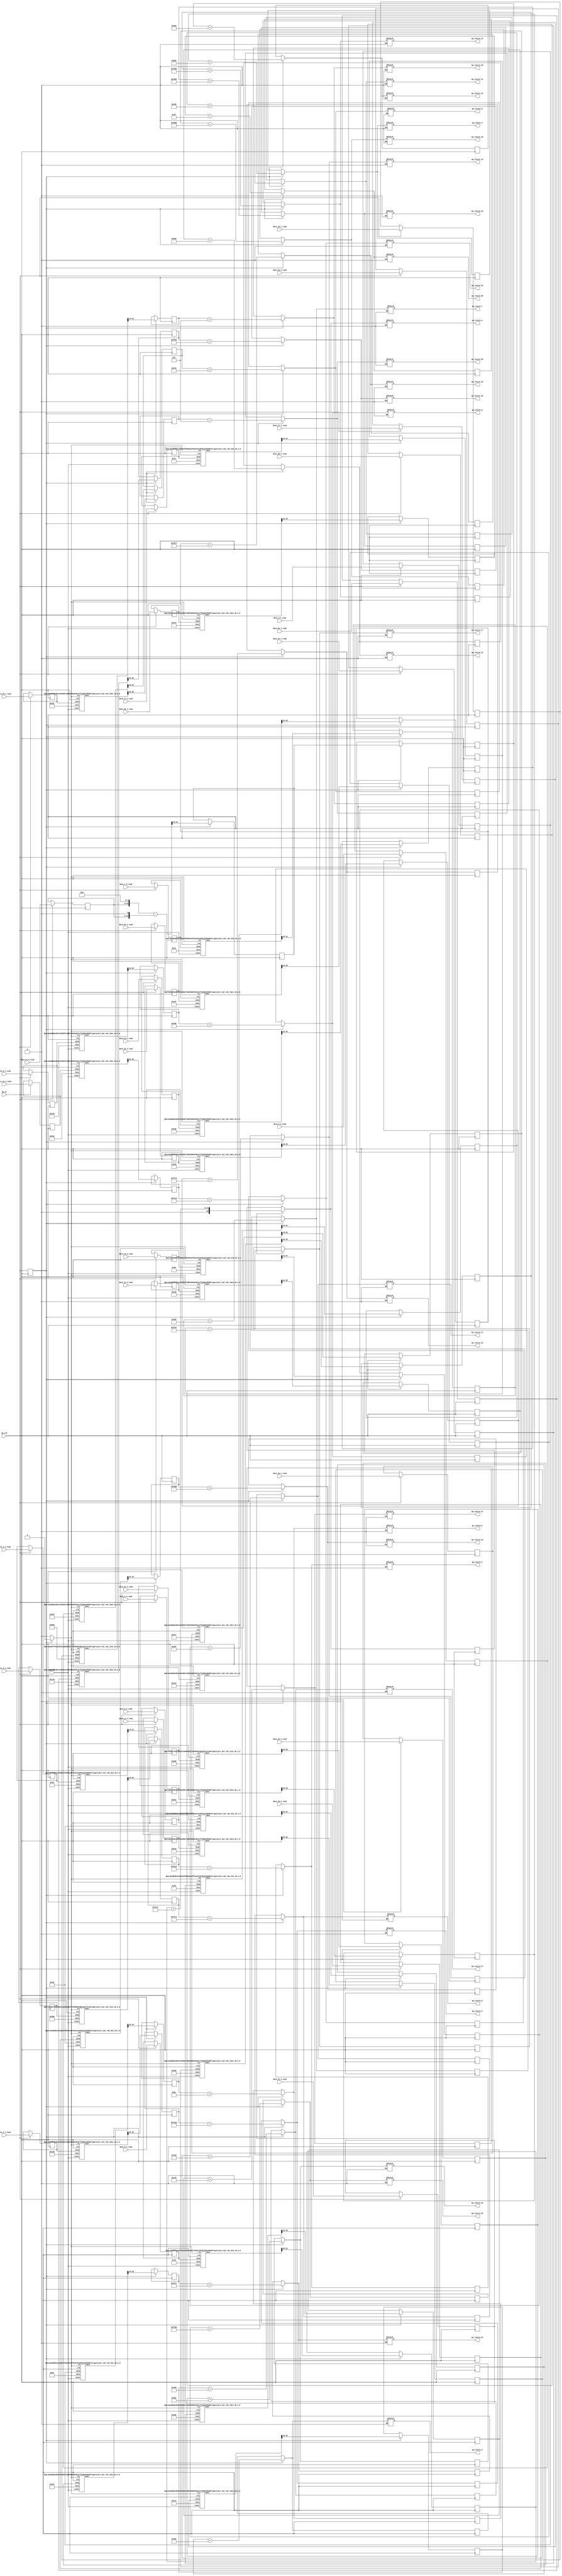

module normalize_0_0_0_0_0_0_0_0_0_0_0_0_0_0_0_0_0_0_0_0_0_0_0_0_0_2 (
        ap_clk,
        ap_rst,
        data_0_V_read,
        data_1_V_read,
        data_2_V_read,
        data_3_V_read,
        data_4_V_read,
        data_5_V_read,
        data_6_V_read,
        data_7_V_read,
        data_8_V_read,
        data_9_V_read,
        data_10_V_read,
        data_11_V_read,
        data_12_V_read,
        data_13_V_read,
        data_14_V_read,
        data_15_V_read,
        data_16_V_read,
        data_17_V_read,
        data_18_V_read,
        data_19_V_read,
        data_20_V_read,
        data_21_V_read,
        data_22_V_read,
        data_23_V_read,
        data_24_V_read,
        data_25_V_read,
        data_26_V_read,
        data_27_V_read,
        data_28_V_read,
        data_29_V_read,
        data_30_V_read,
        data_31_V_read,
        ap_return_0,
        ap_return_1,
        ap_return_2,
        ap_return_3,
        ap_return_4,
        ap_return_5,
        ap_return_6,
        ap_return_7,
        ap_return_8,
        ap_return_9,
        ap_return_10,
        ap_return_11,
        ap_return_12,
        ap_return_13,
        ap_return_14,
        ap_return_15,
        ap_return_16,
        ap_return_17,
        ap_return_18,
        ap_return_19,
        ap_return_20,
        ap_return_21,
        ap_return_22,
        ap_return_23,
        ap_return_24,
        ap_return_25,
        ap_return_26,
        ap_return_27,
        ap_return_28,
        ap_return_29,
        ap_return_30,
        ap_return_31,
        ap_ce
);


input   ap_clk;
input   ap_rst;
input  [15:0] data_0_V_read;
input  [15:0] data_1_V_read;
input  [15:0] data_2_V_read;
input  [15:0] data_3_V_read;
input  [15:0] data_4_V_read;
input  [15:0] data_5_V_read;
input  [15:0] data_6_V_read;
input  [15:0] data_7_V_read;
input  [15:0] data_8_V_read;
input  [15:0] data_9_V_read;
input  [15:0] data_10_V_read;
input  [15:0] data_11_V_read;
input  [15:0] data_12_V_read;
input  [15:0] data_13_V_read;
input  [15:0] data_14_V_read;
input  [15:0] data_15_V_read;
input  [15:0] data_16_V_read;
input  [15:0] data_17_V_read;
input  [15:0] data_18_V_read;
input  [15:0] data_19_V_read;
input  [15:0] data_20_V_read;
input  [15:0] data_21_V_read;
input  [15:0] data_22_V_read;
input  [15:0] data_23_V_read;
input  [15:0] data_24_V_read;
input  [15:0] data_25_V_read;
input  [15:0] data_26_V_read;
input  [15:0] data_27_V_read;
input  [15:0] data_28_V_read;
input  [15:0] data_29_V_read;
input  [15:0] data_30_V_read;
input  [15:0] data_31_V_read;
output  [15:0] ap_return_0;
output  [15:0] ap_return_1;
output  [15:0] ap_return_2;
output  [15:0] ap_return_3;
output  [15:0] ap_return_4;
output  [15:0] ap_return_5;
output  [15:0] ap_return_6;
output  [15:0] ap_return_7;
output  [15:0] ap_return_8;
output  [15:0] ap_return_9;
output  [15:0] ap_return_10;
output  [15:0] ap_return_11;
output  [15:0] ap_return_12;
output  [15:0] ap_return_13;
output  [15:0] ap_return_14;
output  [15:0] ap_return_15;
output  [15:0] ap_return_16;
output  [15:0] ap_return_17;
output  [15:0] ap_return_18;
output  [15:0] ap_return_19;
output  [15:0] ap_return_20;
output  [15:0] ap_return_21;
output  [15:0] ap_return_22;
output  [15:0] ap_return_23;
output  [15:0] ap_return_24;
output  [15:0] ap_return_25;
output  [15:0] ap_return_26;
output  [15:0] ap_return_27;
output  [15:0] ap_return_28;
output  [15:0] ap_return_29;
output  [15:0] ap_return_30;
output  [15:0] ap_return_31;
input   ap_ce;

reg[15:0] ap_return_0;
reg[15:0] ap_return_1;
reg[15:0] ap_return_2;
reg[15:0] ap_return_3;
reg[15:0] ap_return_4;
reg[15:0] ap_return_5;
reg[15:0] ap_return_6;
reg[15:0] ap_return_7;
reg[15:0] ap_return_8;
reg[15:0] ap_return_9;
reg[15:0] ap_return_10;
reg[15:0] ap_return_11;
reg[15:0] ap_return_12;
reg[15:0] ap_return_13;
reg[15:0] ap_return_14;
reg[15:0] ap_return_15;
reg[15:0] ap_return_16;
reg[15:0] ap_return_17;
reg[15:0] ap_return_18;
reg[15:0] ap_return_19;
reg[15:0] ap_return_20;
reg[15:0] ap_return_21;
reg[15:0] ap_return_22;
reg[15:0] ap_return_23;
reg[15:0] ap_return_24;
reg[15:0] ap_return_25;
reg[15:0] ap_return_26;
reg[15:0] ap_return_27;
reg[15:0] ap_return_28;
reg[15:0] ap_return_29;
reg[15:0] ap_return_30;
reg[15:0] ap_return_31;

wire    ap_block_state1_pp0_stage0_iter0;
wire    ap_block_state2_pp0_stage0_iter1;
wire    ap_block_state3_pp0_stage0_iter2;
wire    ap_block_pp0_stage0_11001;
reg   [14:0] trunc_ln708_13_reg_5613;
reg   [14:0] trunc_ln708_13_reg_5613_pp0_iter1_reg;
reg   [13:0] tmp_385_reg_5703;
reg   [14:0] trunc_ln708_s_reg_5708;
reg   [15:0] trunc_ln708_4_reg_5713;
reg   [14:0] trunc_ln708_5_reg_5718;
reg   [15:0] trunc_ln708_6_reg_5723;
reg   [15:0] trunc_ln708_7_reg_5728;
reg   [14:0] trunc_ln708_8_reg_5733;
reg   [14:0] trunc_ln708_9_reg_5738;
reg   [15:0] trunc_ln708_1_reg_5743;
reg   [15:0] trunc_ln708_2_reg_5748;
reg   [15:0] trunc_ln708_3_reg_5753;
reg   [15:0] trunc_ln708_10_reg_5758;
reg   [15:0] trunc_ln708_11_reg_5763;
reg   [15:0] trunc_ln708_12_reg_5768;
reg   [15:0] trunc_ln708_14_reg_5773;
reg   [14:0] trunc_ln708_15_reg_5778;
reg   [14:0] trunc_ln708_16_reg_5783;
reg   [15:0] trunc_ln708_17_reg_5788;
reg   [14:0] trunc_ln708_18_reg_5793;
reg   [15:0] trunc_ln708_19_reg_5798;
reg   [15:0] trunc_ln708_20_reg_5803;
reg   [15:0] trunc_ln708_21_reg_5808;
reg   [15:0] trunc_ln708_22_reg_5813;
reg   [15:0] trunc_ln708_23_reg_5818;
reg   [15:0] trunc_ln708_24_reg_5823;
reg   [15:0] trunc_ln708_25_reg_5828;
reg   [15:0] trunc_ln708_26_reg_5833;
reg   [15:0] trunc_ln708_27_reg_5838;
reg   [15:0] trunc_ln708_28_reg_5843;
reg   [15:0] trunc_ln708_29_reg_5848;
reg   [14:0] trunc_ln708_30_reg_5853;
wire   [9:0] grp_fu_424_p1;
wire    ap_block_pp0_stage0;
wire   [9:0] grp_fu_425_p1;
wire   [8:0] grp_fu_426_p1;
wire   [8:0] grp_fu_427_p1;
wire   [9:0] grp_fu_428_p1;
wire   [9:0] grp_fu_429_p1;
wire   [8:0] grp_fu_430_p1;
wire   [9:0] grp_fu_431_p1;
wire   [8:0] grp_fu_432_p1;
wire   [8:0] grp_fu_433_p1;
wire   [9:0] grp_fu_435_p1;
wire   [7:0] grp_fu_436_p1;
wire   [9:0] grp_fu_437_p1;
wire   [8:0] grp_fu_438_p1;
wire   [8:0] grp_fu_439_p1;
wire   [9:0] grp_fu_440_p1;
wire   [9:0] grp_fu_441_p1;
wire   [9:0] grp_fu_442_p1;
wire   [9:0] grp_fu_443_p1;
wire   [10:0] grp_fu_444_p1;
wire   [8:0] grp_fu_445_p1;
wire   [10:0] grp_fu_446_p1;
wire   [9:0] grp_fu_447_p1;
wire   [9:0] grp_fu_448_p1;
wire   [10:0] grp_fu_449_p1;
wire   [9:0] grp_fu_450_p1;
wire   [9:0] grp_fu_451_p1;
wire   [9:0] grp_fu_452_p1;
wire   [9:0] grp_fu_453_p1;
wire   [9:0] grp_fu_454_p1;
wire   [9:0] grp_fu_455_p1;
wire   [23:0] shl_ln_fu_4712_p3;
wire   [16:0] shl_ln1118_9_fu_4724_p3;
wire   [24:0] sext_ln1118_17_fu_4720_p1;
wire   [24:0] sext_ln1118_18_fu_4732_p1;
wire   [24:0] sub_ln1118_fu_4736_p2;
wire   [23:0] grp_fu_436_p2;
wire   [24:0] grp_fu_426_p2;
wire   [25:0] grp_fu_435_p2;
wire   [24:0] grp_fu_439_p2;
wire   [25:0] grp_fu_440_p2;
wire   [25:0] grp_fu_449_p2;
wire   [24:0] grp_fu_432_p2;
wire   [24:0] grp_fu_430_p2;
wire   [25:0] grp_fu_441_p2;
wire   [25:0] grp_fu_451_p2;
wire   [25:0] grp_fu_425_p2;
wire   [25:0] grp_fu_450_p2;
wire   [25:0] grp_fu_428_p2;
wire   [25:0] grp_fu_442_p2;
wire   [25:0] grp_fu_446_p2;
wire   [24:0] grp_fu_427_p2;
wire   [24:0] grp_fu_445_p2;
wire   [25:0] grp_fu_424_p2;
wire   [24:0] grp_fu_438_p2;
wire   [25:0] grp_fu_453_p2;
wire   [25:0] grp_fu_431_p2;
wire   [25:0] grp_fu_429_p2;
wire   [25:0] grp_fu_455_p2;
wire   [25:0] grp_fu_444_p2;
wire   [25:0] grp_fu_448_p2;
wire   [25:0] grp_fu_443_p2;
wire   [25:0] grp_fu_452_p2;
wire   [25:0] grp_fu_437_p2;
wire   [25:0] grp_fu_447_p2;
wire   [25:0] grp_fu_454_p2;
wire   [24:0] grp_fu_433_p2;
wire   [14:0] sext_ln703_fu_5147_p1;
wire   [14:0] add_ln703_fu_5150_p2;
wire   [15:0] sext_ln708_fu_5160_p1;
wire   [15:0] sext_ln708_4_fu_5174_p1;
wire   [15:0] sext_ln708_5_fu_5193_p1;
wire   [15:0] sext_ln708_6_fu_5202_p1;
wire   [15:0] sext_ln708_7_fu_5241_p1;
wire   [15:0] sext_ln708_8_fu_5255_p1;
wire   [15:0] sext_ln708_9_fu_5264_p1;
wire   [15:0] sext_ln708_10_fu_5278_p1;
wire   [15:0] sext_ln708_11_fu_5342_p1;
wire   [15:0] sext_ln703_2_fu_5156_p1;
wire   [15:0] add_ln703_5_fu_5163_p2;
wire   [15:0] add_ln703_6_fu_5169_p2;
wire   [15:0] add_ln703_7_fu_5177_p2;
wire   [15:0] add_ln703_8_fu_5183_p2;
wire   [15:0] add_ln703_9_fu_5188_p2;
wire   [15:0] add_ln703_10_fu_5196_p2;
wire   [15:0] add_ln703_11_fu_5205_p2;
wire   [15:0] add_ln703_12_fu_5211_p2;
wire   [15:0] add_ln703_13_fu_5216_p2;
wire   [15:0] add_ln703_14_fu_5221_p2;
wire   [15:0] add_ln703_15_fu_5226_p2;
wire   [15:0] add_ln703_16_fu_5231_p2;
wire   [15:0] add_ln703_17_fu_5236_p2;
wire   [15:0] add_ln703_18_fu_5244_p2;
wire   [15:0] add_ln703_19_fu_5250_p2;
wire   [15:0] add_ln703_20_fu_5258_p2;
wire   [15:0] add_ln703_21_fu_5267_p2;
wire   [15:0] add_ln703_22_fu_5273_p2;
wire   [15:0] add_ln703_23_fu_5281_p2;
wire   [15:0] add_ln703_24_fu_5287_p2;
wire   [15:0] add_ln703_25_fu_5292_p2;
wire   [15:0] add_ln703_26_fu_5297_p2;
wire   [15:0] add_ln703_27_fu_5302_p2;
wire   [15:0] add_ln703_28_fu_5307_p2;
wire   [15:0] add_ln703_29_fu_5312_p2;
wire   [15:0] add_ln703_30_fu_5317_p2;
wire   [15:0] add_ln703_31_fu_5322_p2;
wire   [15:0] add_ln703_32_fu_5327_p2;
wire   [15:0] add_ln703_33_fu_5332_p2;
wire   [15:0] add_ln703_34_fu_5337_p2;
wire   [15:0] add_ln703_35_fu_5345_p2;
reg    grp_fu_424_ce;
reg    grp_fu_425_ce;
reg    grp_fu_426_ce;
reg    grp_fu_427_ce;
reg    grp_fu_428_ce;
reg    grp_fu_429_ce;
reg    grp_fu_430_ce;
reg    grp_fu_431_ce;
reg    grp_fu_432_ce;
reg    grp_fu_433_ce;
reg    grp_fu_435_ce;
reg    grp_fu_436_ce;
reg    grp_fu_437_ce;
reg    grp_fu_438_ce;
reg    grp_fu_439_ce;
reg    grp_fu_440_ce;
reg    grp_fu_441_ce;
reg    grp_fu_442_ce;
reg    grp_fu_443_ce;
reg    grp_fu_444_ce;
reg    grp_fu_445_ce;
reg    grp_fu_446_ce;
reg    grp_fu_447_ce;
reg    grp_fu_448_ce;
reg    grp_fu_449_ce;
reg    grp_fu_450_ce;
reg    grp_fu_451_ce;
reg    grp_fu_452_ce;
reg    grp_fu_453_ce;
reg    grp_fu_454_ce;
reg    grp_fu_455_ce;
reg    ap_ce_reg;
reg   [15:0] data_0_V_read_int_reg;
reg   [15:0] data_1_V_read_int_reg;
reg   [15:0] data_2_V_read_int_reg;
reg   [15:0] data_3_V_read_int_reg;
reg   [15:0] data_4_V_read_int_reg;
reg   [15:0] data_5_V_read_int_reg;
reg   [15:0] data_6_V_read_int_reg;
reg   [15:0] data_7_V_read_int_reg;
reg   [15:0] data_8_V_read_int_reg;
reg   [15:0] data_9_V_read_int_reg;
reg   [15:0] data_10_V_read_int_reg;
reg   [15:0] data_11_V_read_int_reg;
reg   [15:0] data_12_V_read_int_reg;
reg   [15:0] data_13_V_read_int_reg;
reg   [15:0] data_14_V_read_int_reg;
reg   [15:0] data_15_V_read_int_reg;
reg   [15:0] data_16_V_read_int_reg;
reg   [15:0] data_17_V_read_int_reg;
reg   [15:0] data_18_V_read_int_reg;
reg   [15:0] data_19_V_read_int_reg;
reg   [15:0] data_20_V_read_int_reg;
reg   [15:0] data_21_V_read_int_reg;
reg   [15:0] data_22_V_read_int_reg;
reg   [15:0] data_23_V_read_int_reg;
reg   [15:0] data_24_V_read_int_reg;
reg   [15:0] data_25_V_read_int_reg;
reg   [15:0] data_26_V_read_int_reg;
reg   [15:0] data_27_V_read_int_reg;
reg   [15:0] data_28_V_read_int_reg;
reg   [15:0] data_29_V_read_int_reg;
reg   [15:0] data_30_V_read_int_reg;
reg   [15:0] data_31_V_read_int_reg;
reg   [15:0] ap_return_0_int_reg;
reg   [15:0] ap_return_1_int_reg;
reg   [15:0] ap_return_2_int_reg;
reg   [15:0] ap_return_3_int_reg;
reg   [15:0] ap_return_4_int_reg;
reg   [15:0] ap_return_5_int_reg;
reg   [15:0] ap_return_6_int_reg;
reg   [15:0] ap_return_7_int_reg;
reg   [15:0] ap_return_8_int_reg;
reg   [15:0] ap_return_9_int_reg;
reg   [15:0] ap_return_10_int_reg;
reg   [15:0] ap_return_11_int_reg;
reg   [15:0] ap_return_12_int_reg;
reg   [15:0] ap_return_13_int_reg;
reg   [15:0] ap_return_14_int_reg;
reg   [15:0] ap_return_15_int_reg;
reg   [15:0] ap_return_16_int_reg;
reg   [15:0] ap_return_17_int_reg;
reg   [15:0] ap_return_18_int_reg;
reg   [15:0] ap_return_19_int_reg;
reg   [15:0] ap_return_20_int_reg;
reg   [15:0] ap_return_21_int_reg;
reg   [15:0] ap_return_22_int_reg;
reg   [15:0] ap_return_23_int_reg;
reg   [15:0] ap_return_24_int_reg;
reg   [15:0] ap_return_25_int_reg;
reg   [15:0] ap_return_26_int_reg;
reg   [15:0] ap_return_27_int_reg;
reg   [15:0] ap_return_28_int_reg;
reg   [15:0] ap_return_29_int_reg;
reg   [15:0] ap_return_30_int_reg;
reg   [15:0] ap_return_31_int_reg;

myproject_mul_16s_10ns_26_2_0 #(
    .ID( 1 ),
    .NUM_STAGE( 2 ),
    .din0_WIDTH( 16 ),
    .din1_WIDTH( 10 ),
    .dout_WIDTH( 26 ))
myproject_mul_16s_10ns_26_2_0_U385(
    .clk(ap_clk),
    .reset(ap_rst),
    .din0(data_18_V_read_int_reg),
    .din1(grp_fu_424_p1),
    .ce(grp_fu_424_ce),
    .dout(grp_fu_424_p2)
);

myproject_mul_16s_10ns_26_2_0 #(
    .ID( 1 ),
    .NUM_STAGE( 2 ),
    .din0_WIDTH( 16 ),
    .din1_WIDTH( 10 ),
    .dout_WIDTH( 26 ))
myproject_mul_16s_10ns_26_2_0_U386(
    .clk(ap_clk),
    .reset(ap_rst),
    .din0(data_10_V_read_int_reg),
    .din1(grp_fu_425_p1),
    .ce(grp_fu_425_ce),
    .dout(grp_fu_425_p2)
);

myproject_mul_16s_9ns_25_2_0 #(
    .ID( 1 ),
    .NUM_STAGE( 2 ),
    .din0_WIDTH( 16 ),
    .din1_WIDTH( 9 ),
    .dout_WIDTH( 25 ))
myproject_mul_16s_9ns_25_2_0_U387(
    .clk(ap_clk),
    .reset(ap_rst),
    .din0(data_1_V_read_int_reg),
    .din1(grp_fu_426_p1),
    .ce(grp_fu_426_ce),
    .dout(grp_fu_426_p2)
);

myproject_mul_16s_9ns_25_2_0 #(
    .ID( 1 ),
    .NUM_STAGE( 2 ),
    .din0_WIDTH( 16 ),
    .din1_WIDTH( 9 ),
    .dout_WIDTH( 25 ))
myproject_mul_16s_9ns_25_2_0_U388(
    .clk(ap_clk),
    .reset(ap_rst),
    .din0(data_16_V_read_int_reg),
    .din1(grp_fu_427_p1),
    .ce(grp_fu_427_ce),
    .dout(grp_fu_427_p2)
);

myproject_mul_16s_10ns_26_2_0 #(
    .ID( 1 ),
    .NUM_STAGE( 2 ),
    .din0_WIDTH( 16 ),
    .din1_WIDTH( 10 ),
    .dout_WIDTH( 26 ))
myproject_mul_16s_10ns_26_2_0_U389(
    .clk(ap_clk),
    .reset(ap_rst),
    .din0(data_12_V_read_int_reg),
    .din1(grp_fu_428_p1),
    .ce(grp_fu_428_ce),
    .dout(grp_fu_428_p2)
);

myproject_mul_16s_10ns_26_2_0 #(
    .ID( 1 ),
    .NUM_STAGE( 2 ),
    .din0_WIDTH( 16 ),
    .din1_WIDTH( 10 ),
    .dout_WIDTH( 26 ))
myproject_mul_16s_10ns_26_2_0_U390(
    .clk(ap_clk),
    .reset(ap_rst),
    .din0(data_22_V_read_int_reg),
    .din1(grp_fu_429_p1),
    .ce(grp_fu_429_ce),
    .dout(grp_fu_429_p2)
);

myproject_mul_16s_9ns_25_2_0 #(
    .ID( 1 ),
    .NUM_STAGE( 2 ),
    .din0_WIDTH( 16 ),
    .din1_WIDTH( 9 ),
    .dout_WIDTH( 25 ))
myproject_mul_16s_9ns_25_2_0_U391(
    .clk(ap_clk),
    .reset(ap_rst),
    .din0(data_7_V_read_int_reg),
    .din1(grp_fu_430_p1),
    .ce(grp_fu_430_ce),
    .dout(grp_fu_430_p2)
);

myproject_mul_16s_10ns_26_2_0 #(
    .ID( 1 ),
    .NUM_STAGE( 2 ),
    .din0_WIDTH( 16 ),
    .din1_WIDTH( 10 ),
    .dout_WIDTH( 26 ))
myproject_mul_16s_10ns_26_2_0_U392(
    .clk(ap_clk),
    .reset(ap_rst),
    .din0(data_21_V_read_int_reg),
    .din1(grp_fu_431_p1),
    .ce(grp_fu_431_ce),
    .dout(grp_fu_431_p2)
);

myproject_mul_16s_9ns_25_2_0 #(
    .ID( 1 ),
    .NUM_STAGE( 2 ),
    .din0_WIDTH( 16 ),
    .din1_WIDTH( 9 ),
    .dout_WIDTH( 25 ))
myproject_mul_16s_9ns_25_2_0_U393(
    .clk(ap_clk),
    .reset(ap_rst),
    .din0(data_6_V_read_int_reg),
    .din1(grp_fu_432_p1),
    .ce(grp_fu_432_ce),
    .dout(grp_fu_432_p2)
);

myproject_mul_16s_9ns_25_2_0 #(
    .ID( 1 ),
    .NUM_STAGE( 2 ),
    .din0_WIDTH( 16 ),
    .din1_WIDTH( 9 ),
    .dout_WIDTH( 25 ))
myproject_mul_16s_9ns_25_2_0_U394(
    .clk(ap_clk),
    .reset(ap_rst),
    .din0(data_31_V_read_int_reg),
    .din1(grp_fu_433_p1),
    .ce(grp_fu_433_ce),
    .dout(grp_fu_433_p2)
);

myproject_mul_16s_10ns_26_2_0 #(
    .ID( 1 ),
    .NUM_STAGE( 2 ),
    .din0_WIDTH( 16 ),
    .din1_WIDTH( 10 ),
    .dout_WIDTH( 26 ))
myproject_mul_16s_10ns_26_2_0_U395(
    .clk(ap_clk),
    .reset(ap_rst),
    .din0(data_2_V_read_int_reg),
    .din1(grp_fu_435_p1),
    .ce(grp_fu_435_ce),
    .dout(grp_fu_435_p2)
);

myproject_mul_16s_8ns_24_2_0 #(
    .ID( 1 ),
    .NUM_STAGE( 2 ),
    .din0_WIDTH( 16 ),
    .din1_WIDTH( 8 ),
    .dout_WIDTH( 24 ))
myproject_mul_16s_8ns_24_2_0_U396(
    .clk(ap_clk),
    .reset(ap_rst),
    .din0(data_0_V_read_int_reg),
    .din1(grp_fu_436_p1),
    .ce(grp_fu_436_ce),
    .dout(grp_fu_436_p2)
);

myproject_mul_16s_10ns_26_2_0 #(
    .ID( 1 ),
    .NUM_STAGE( 2 ),
    .din0_WIDTH( 16 ),
    .din1_WIDTH( 10 ),
    .dout_WIDTH( 26 ))
myproject_mul_16s_10ns_26_2_0_U397(
    .clk(ap_clk),
    .reset(ap_rst),
    .din0(data_28_V_read_int_reg),
    .din1(grp_fu_437_p1),
    .ce(grp_fu_437_ce),
    .dout(grp_fu_437_p2)
);

myproject_mul_16s_9ns_25_2_0 #(
    .ID( 1 ),
    .NUM_STAGE( 2 ),
    .din0_WIDTH( 16 ),
    .din1_WIDTH( 9 ),
    .dout_WIDTH( 25 ))
myproject_mul_16s_9ns_25_2_0_U398(
    .clk(ap_clk),
    .reset(ap_rst),
    .din0(data_19_V_read_int_reg),
    .din1(grp_fu_438_p1),
    .ce(grp_fu_438_ce),
    .dout(grp_fu_438_p2)
);

myproject_mul_16s_9ns_25_2_0 #(
    .ID( 1 ),
    .NUM_STAGE( 2 ),
    .din0_WIDTH( 16 ),
    .din1_WIDTH( 9 ),
    .dout_WIDTH( 25 ))
myproject_mul_16s_9ns_25_2_0_U399(
    .clk(ap_clk),
    .reset(ap_rst),
    .din0(data_3_V_read_int_reg),
    .din1(grp_fu_439_p1),
    .ce(grp_fu_439_ce),
    .dout(grp_fu_439_p2)
);

myproject_mul_16s_10ns_26_2_0 #(
    .ID( 1 ),
    .NUM_STAGE( 2 ),
    .din0_WIDTH( 16 ),
    .din1_WIDTH( 10 ),
    .dout_WIDTH( 26 ))
myproject_mul_16s_10ns_26_2_0_U400(
    .clk(ap_clk),
    .reset(ap_rst),
    .din0(data_4_V_read_int_reg),
    .din1(grp_fu_440_p1),
    .ce(grp_fu_440_ce),
    .dout(grp_fu_440_p2)
);

myproject_mul_16s_10ns_26_2_0 #(
    .ID( 1 ),
    .NUM_STAGE( 2 ),
    .din0_WIDTH( 16 ),
    .din1_WIDTH( 10 ),
    .dout_WIDTH( 26 ))
myproject_mul_16s_10ns_26_2_0_U401(
    .clk(ap_clk),
    .reset(ap_rst),
    .din0(data_8_V_read_int_reg),
    .din1(grp_fu_441_p1),
    .ce(grp_fu_441_ce),
    .dout(grp_fu_441_p2)
);

myproject_mul_16s_10ns_26_2_0 #(
    .ID( 1 ),
    .NUM_STAGE( 2 ),
    .din0_WIDTH( 16 ),
    .din1_WIDTH( 10 ),
    .dout_WIDTH( 26 ))
myproject_mul_16s_10ns_26_2_0_U402(
    .clk(ap_clk),
    .reset(ap_rst),
    .din0(data_13_V_read_int_reg),
    .din1(grp_fu_442_p1),
    .ce(grp_fu_442_ce),
    .dout(grp_fu_442_p2)
);

myproject_mul_16s_10ns_26_2_0 #(
    .ID( 1 ),
    .NUM_STAGE( 2 ),
    .din0_WIDTH( 16 ),
    .din1_WIDTH( 10 ),
    .dout_WIDTH( 26 ))
myproject_mul_16s_10ns_26_2_0_U403(
    .clk(ap_clk),
    .reset(ap_rst),
    .din0(data_26_V_read_int_reg),
    .din1(grp_fu_443_p1),
    .ce(grp_fu_443_ce),
    .dout(grp_fu_443_p2)
);

myproject_mul_16s_11ns_26_2_0 #(
    .ID( 1 ),
    .NUM_STAGE( 2 ),
    .din0_WIDTH( 16 ),
    .din1_WIDTH( 11 ),
    .dout_WIDTH( 26 ))
myproject_mul_16s_11ns_26_2_0_U404(
    .clk(ap_clk),
    .reset(ap_rst),
    .din0(data_24_V_read_int_reg),
    .din1(grp_fu_444_p1),
    .ce(grp_fu_444_ce),
    .dout(grp_fu_444_p2)
);

myproject_mul_16s_9ns_25_2_0 #(
    .ID( 1 ),
    .NUM_STAGE( 2 ),
    .din0_WIDTH( 16 ),
    .din1_WIDTH( 9 ),
    .dout_WIDTH( 25 ))
myproject_mul_16s_9ns_25_2_0_U405(
    .clk(ap_clk),
    .reset(ap_rst),
    .din0(data_17_V_read_int_reg),
    .din1(grp_fu_445_p1),
    .ce(grp_fu_445_ce),
    .dout(grp_fu_445_p2)
);

myproject_mul_16s_11ns_26_2_0 #(
    .ID( 1 ),
    .NUM_STAGE( 2 ),
    .din0_WIDTH( 16 ),
    .din1_WIDTH( 11 ),
    .dout_WIDTH( 26 ))
myproject_mul_16s_11ns_26_2_0_U406(
    .clk(ap_clk),
    .reset(ap_rst),
    .din0(data_15_V_read_int_reg),
    .din1(grp_fu_446_p1),
    .ce(grp_fu_446_ce),
    .dout(grp_fu_446_p2)
);

myproject_mul_16s_10ns_26_2_0 #(
    .ID( 1 ),
    .NUM_STAGE( 2 ),
    .din0_WIDTH( 16 ),
    .din1_WIDTH( 10 ),
    .dout_WIDTH( 26 ))
myproject_mul_16s_10ns_26_2_0_U407(
    .clk(ap_clk),
    .reset(ap_rst),
    .din0(data_29_V_read_int_reg),
    .din1(grp_fu_447_p1),
    .ce(grp_fu_447_ce),
    .dout(grp_fu_447_p2)
);

myproject_mul_16s_10ns_26_2_0 #(
    .ID( 1 ),
    .NUM_STAGE( 2 ),
    .din0_WIDTH( 16 ),
    .din1_WIDTH( 10 ),
    .dout_WIDTH( 26 ))
myproject_mul_16s_10ns_26_2_0_U408(
    .clk(ap_clk),
    .reset(ap_rst),
    .din0(data_25_V_read_int_reg),
    .din1(grp_fu_448_p1),
    .ce(grp_fu_448_ce),
    .dout(grp_fu_448_p2)
);

myproject_mul_16s_11ns_26_2_0 #(
    .ID( 1 ),
    .NUM_STAGE( 2 ),
    .din0_WIDTH( 16 ),
    .din1_WIDTH( 11 ),
    .dout_WIDTH( 26 ))
myproject_mul_16s_11ns_26_2_0_U409(
    .clk(ap_clk),
    .reset(ap_rst),
    .din0(data_5_V_read_int_reg),
    .din1(grp_fu_449_p1),
    .ce(grp_fu_449_ce),
    .dout(grp_fu_449_p2)
);

myproject_mul_16s_10ns_26_2_0 #(
    .ID( 1 ),
    .NUM_STAGE( 2 ),
    .din0_WIDTH( 16 ),
    .din1_WIDTH( 10 ),
    .dout_WIDTH( 26 ))
myproject_mul_16s_10ns_26_2_0_U410(
    .clk(ap_clk),
    .reset(ap_rst),
    .din0(data_11_V_read_int_reg),
    .din1(grp_fu_450_p1),
    .ce(grp_fu_450_ce),
    .dout(grp_fu_450_p2)
);

myproject_mul_16s_10ns_26_2_0 #(
    .ID( 1 ),
    .NUM_STAGE( 2 ),
    .din0_WIDTH( 16 ),
    .din1_WIDTH( 10 ),
    .dout_WIDTH( 26 ))
myproject_mul_16s_10ns_26_2_0_U411(
    .clk(ap_clk),
    .reset(ap_rst),
    .din0(data_9_V_read_int_reg),
    .din1(grp_fu_451_p1),
    .ce(grp_fu_451_ce),
    .dout(grp_fu_451_p2)
);

myproject_mul_16s_10ns_26_2_0 #(
    .ID( 1 ),
    .NUM_STAGE( 2 ),
    .din0_WIDTH( 16 ),
    .din1_WIDTH( 10 ),
    .dout_WIDTH( 26 ))
myproject_mul_16s_10ns_26_2_0_U412(
    .clk(ap_clk),
    .reset(ap_rst),
    .din0(data_27_V_read_int_reg),
    .din1(grp_fu_452_p1),
    .ce(grp_fu_452_ce),
    .dout(grp_fu_452_p2)
);

myproject_mul_16s_10ns_26_2_0 #(
    .ID( 1 ),
    .NUM_STAGE( 2 ),
    .din0_WIDTH( 16 ),
    .din1_WIDTH( 10 ),
    .dout_WIDTH( 26 ))
myproject_mul_16s_10ns_26_2_0_U413(
    .clk(ap_clk),
    .reset(ap_rst),
    .din0(data_20_V_read_int_reg),
    .din1(grp_fu_453_p1),
    .ce(grp_fu_453_ce),
    .dout(grp_fu_453_p2)
);

myproject_mul_16s_10ns_26_2_0 #(
    .ID( 1 ),
    .NUM_STAGE( 2 ),
    .din0_WIDTH( 16 ),
    .din1_WIDTH( 10 ),
    .dout_WIDTH( 26 ))
myproject_mul_16s_10ns_26_2_0_U414(
    .clk(ap_clk),
    .reset(ap_rst),
    .din0(data_30_V_read_int_reg),
    .din1(grp_fu_454_p1),
    .ce(grp_fu_454_ce),
    .dout(grp_fu_454_p2)
);

myproject_mul_16s_10ns_26_2_0 #(
    .ID( 1 ),
    .NUM_STAGE( 2 ),
    .din0_WIDTH( 16 ),
    .din1_WIDTH( 10 ),
    .dout_WIDTH( 26 ))
myproject_mul_16s_10ns_26_2_0_U415(
    .clk(ap_clk),
    .reset(ap_rst),
    .din0(data_23_V_read_int_reg),
    .din1(grp_fu_455_p1),
    .ce(grp_fu_455_ce),
    .dout(grp_fu_455_p2)
);

always @ (posedge ap_clk) begin
    ap_ce_reg <= ap_ce;
end

always @ (posedge ap_clk) begin
    if ((1'b1 == ap_ce_reg)) begin
        ap_return_0_int_reg <= sext_ln703_2_fu_5156_p1;
        ap_return_10_int_reg <= add_ln703_14_fu_5221_p2;
        ap_return_11_int_reg <= add_ln703_15_fu_5226_p2;
        ap_return_12_int_reg <= add_ln703_16_fu_5231_p2;
        ap_return_13_int_reg <= add_ln703_17_fu_5236_p2;
        ap_return_14_int_reg <= add_ln703_18_fu_5244_p2;
        ap_return_15_int_reg <= add_ln703_19_fu_5250_p2;
        ap_return_16_int_reg <= add_ln703_20_fu_5258_p2;
        ap_return_17_int_reg <= add_ln703_21_fu_5267_p2;
        ap_return_18_int_reg <= add_ln703_22_fu_5273_p2;
        ap_return_19_int_reg <= add_ln703_23_fu_5281_p2;
        ap_return_1_int_reg <= add_ln703_5_fu_5163_p2;
        ap_return_20_int_reg <= add_ln703_24_fu_5287_p2;
        ap_return_21_int_reg <= add_ln703_25_fu_5292_p2;
        ap_return_22_int_reg <= add_ln703_26_fu_5297_p2;
        ap_return_23_int_reg <= add_ln703_27_fu_5302_p2;
        ap_return_24_int_reg <= add_ln703_28_fu_5307_p2;
        ap_return_25_int_reg <= add_ln703_29_fu_5312_p2;
        ap_return_26_int_reg <= add_ln703_30_fu_5317_p2;
        ap_return_27_int_reg <= add_ln703_31_fu_5322_p2;
        ap_return_28_int_reg <= add_ln703_32_fu_5327_p2;
        ap_return_29_int_reg <= add_ln703_33_fu_5332_p2;
        ap_return_2_int_reg <= add_ln703_6_fu_5169_p2;
        ap_return_30_int_reg <= add_ln703_34_fu_5337_p2;
        ap_return_31_int_reg <= add_ln703_35_fu_5345_p2;
        ap_return_3_int_reg <= add_ln703_7_fu_5177_p2;
        ap_return_4_int_reg <= add_ln703_8_fu_5183_p2;
        ap_return_5_int_reg <= add_ln703_9_fu_5188_p2;
        ap_return_6_int_reg <= add_ln703_10_fu_5196_p2;
        ap_return_7_int_reg <= add_ln703_11_fu_5205_p2;
        ap_return_8_int_reg <= add_ln703_12_fu_5211_p2;
        ap_return_9_int_reg <= add_ln703_13_fu_5216_p2;
    end
end

always @ (posedge ap_clk) begin
    if ((1'b1 == ap_ce)) begin
        data_0_V_read_int_reg <= data_0_V_read;
        data_10_V_read_int_reg <= data_10_V_read;
        data_11_V_read_int_reg <= data_11_V_read;
        data_12_V_read_int_reg <= data_12_V_read;
        data_13_V_read_int_reg <= data_13_V_read;
        data_14_V_read_int_reg <= data_14_V_read;
        data_15_V_read_int_reg <= data_15_V_read;
        data_16_V_read_int_reg <= data_16_V_read;
        data_17_V_read_int_reg <= data_17_V_read;
        data_18_V_read_int_reg <= data_18_V_read;
        data_19_V_read_int_reg <= data_19_V_read;
        data_1_V_read_int_reg <= data_1_V_read;
        data_20_V_read_int_reg <= data_20_V_read;
        data_21_V_read_int_reg <= data_21_V_read;
        data_22_V_read_int_reg <= data_22_V_read;
        data_23_V_read_int_reg <= data_23_V_read;
        data_24_V_read_int_reg <= data_24_V_read;
        data_25_V_read_int_reg <= data_25_V_read;
        data_26_V_read_int_reg <= data_26_V_read;
        data_27_V_read_int_reg <= data_27_V_read;
        data_28_V_read_int_reg <= data_28_V_read;
        data_29_V_read_int_reg <= data_29_V_read;
        data_2_V_read_int_reg <= data_2_V_read;
        data_30_V_read_int_reg <= data_30_V_read;
        data_31_V_read_int_reg <= data_31_V_read;
        data_3_V_read_int_reg <= data_3_V_read;
        data_4_V_read_int_reg <= data_4_V_read;
        data_5_V_read_int_reg <= data_5_V_read;
        data_6_V_read_int_reg <= data_6_V_read;
        data_7_V_read_int_reg <= data_7_V_read;
        data_8_V_read_int_reg <= data_8_V_read;
        data_9_V_read_int_reg <= data_9_V_read;
    end
end

always @ (posedge ap_clk) begin
    if (((1'b0 == ap_block_pp0_stage0_11001) & (1'b1 == ap_ce_reg))) begin
        tmp_385_reg_5703 <= {{grp_fu_436_p2[23:10]}};
        trunc_ln708_10_reg_5758 <= {{grp_fu_450_p2[25:10]}};
        trunc_ln708_11_reg_5763 <= {{grp_fu_428_p2[25:10]}};
        trunc_ln708_12_reg_5768 <= {{grp_fu_442_p2[25:10]}};
        trunc_ln708_13_reg_5613 <= {{sub_ln1118_fu_4736_p2[24:10]}};
        trunc_ln708_13_reg_5613_pp0_iter1_reg <= trunc_ln708_13_reg_5613;
        trunc_ln708_14_reg_5773 <= {{grp_fu_446_p2[25:10]}};
        trunc_ln708_15_reg_5778 <= {{grp_fu_427_p2[24:10]}};
        trunc_ln708_16_reg_5783 <= {{grp_fu_445_p2[24:10]}};
        trunc_ln708_17_reg_5788 <= {{grp_fu_424_p2[25:10]}};
        trunc_ln708_18_reg_5793 <= {{grp_fu_438_p2[24:10]}};
        trunc_ln708_19_reg_5798 <= {{grp_fu_453_p2[25:10]}};
        trunc_ln708_1_reg_5743 <= {{grp_fu_441_p2[25:10]}};
        trunc_ln708_20_reg_5803 <= {{grp_fu_431_p2[25:10]}};
        trunc_ln708_21_reg_5808 <= {{grp_fu_429_p2[25:10]}};
        trunc_ln708_22_reg_5813 <= {{grp_fu_455_p2[25:10]}};
        trunc_ln708_23_reg_5818 <= {{grp_fu_444_p2[25:10]}};
        trunc_ln708_24_reg_5823 <= {{grp_fu_448_p2[25:10]}};
        trunc_ln708_25_reg_5828 <= {{grp_fu_443_p2[25:10]}};
        trunc_ln708_26_reg_5833 <= {{grp_fu_452_p2[25:10]}};
        trunc_ln708_27_reg_5838 <= {{grp_fu_437_p2[25:10]}};
        trunc_ln708_28_reg_5843 <= {{grp_fu_447_p2[25:10]}};
        trunc_ln708_29_reg_5848 <= {{grp_fu_454_p2[25:10]}};
        trunc_ln708_2_reg_5748 <= {{grp_fu_451_p2[25:10]}};
        trunc_ln708_30_reg_5853 <= {{grp_fu_433_p2[24:10]}};
        trunc_ln708_3_reg_5753 <= {{grp_fu_425_p2[25:10]}};
        trunc_ln708_4_reg_5713 <= {{grp_fu_435_p2[25:10]}};
        trunc_ln708_5_reg_5718 <= {{grp_fu_439_p2[24:10]}};
        trunc_ln708_6_reg_5723 <= {{grp_fu_440_p2[25:10]}};
        trunc_ln708_7_reg_5728 <= {{grp_fu_449_p2[25:10]}};
        trunc_ln708_8_reg_5733 <= {{grp_fu_432_p2[24:10]}};
        trunc_ln708_9_reg_5738 <= {{grp_fu_430_p2[24:10]}};
        trunc_ln708_s_reg_5708 <= {{grp_fu_426_p2[24:10]}};
    end
end

always @ (*) begin
    if ((1'b0 == ap_ce_reg)) begin
        ap_return_0 = ap_return_0_int_reg;
    end else if ((1'b1 == ap_ce_reg)) begin
        ap_return_0 = sext_ln703_2_fu_5156_p1;
    end
end

always @ (*) begin
    if ((1'b0 == ap_ce_reg)) begin
        ap_return_1 = ap_return_1_int_reg;
    end else if ((1'b1 == ap_ce_reg)) begin
        ap_return_1 = add_ln703_5_fu_5163_p2;
    end
end

always @ (*) begin
    if ((1'b0 == ap_ce_reg)) begin
        ap_return_10 = ap_return_10_int_reg;
    end else if ((1'b1 == ap_ce_reg)) begin
        ap_return_10 = add_ln703_14_fu_5221_p2;
    end
end

always @ (*) begin
    if ((1'b0 == ap_ce_reg)) begin
        ap_return_11 = ap_return_11_int_reg;
    end else if ((1'b1 == ap_ce_reg)) begin
        ap_return_11 = add_ln703_15_fu_5226_p2;
    end
end

always @ (*) begin
    if ((1'b0 == ap_ce_reg)) begin
        ap_return_12 = ap_return_12_int_reg;
    end else if ((1'b1 == ap_ce_reg)) begin
        ap_return_12 = add_ln703_16_fu_5231_p2;
    end
end

always @ (*) begin
    if ((1'b0 == ap_ce_reg)) begin
        ap_return_13 = ap_return_13_int_reg;
    end else if ((1'b1 == ap_ce_reg)) begin
        ap_return_13 = add_ln703_17_fu_5236_p2;
    end
end

always @ (*) begin
    if ((1'b0 == ap_ce_reg)) begin
        ap_return_14 = ap_return_14_int_reg;
    end else if ((1'b1 == ap_ce_reg)) begin
        ap_return_14 = add_ln703_18_fu_5244_p2;
    end
end

always @ (*) begin
    if ((1'b0 == ap_ce_reg)) begin
        ap_return_15 = ap_return_15_int_reg;
    end else if ((1'b1 == ap_ce_reg)) begin
        ap_return_15 = add_ln703_19_fu_5250_p2;
    end
end

always @ (*) begin
    if ((1'b0 == ap_ce_reg)) begin
        ap_return_16 = ap_return_16_int_reg;
    end else if ((1'b1 == ap_ce_reg)) begin
        ap_return_16 = add_ln703_20_fu_5258_p2;
    end
end

always @ (*) begin
    if ((1'b0 == ap_ce_reg)) begin
        ap_return_17 = ap_return_17_int_reg;
    end else if ((1'b1 == ap_ce_reg)) begin
        ap_return_17 = add_ln703_21_fu_5267_p2;
    end
end

always @ (*) begin
    if ((1'b0 == ap_ce_reg)) begin
        ap_return_18 = ap_return_18_int_reg;
    end else if ((1'b1 == ap_ce_reg)) begin
        ap_return_18 = add_ln703_22_fu_5273_p2;
    end
end

always @ (*) begin
    if ((1'b0 == ap_ce_reg)) begin
        ap_return_19 = ap_return_19_int_reg;
    end else if ((1'b1 == ap_ce_reg)) begin
        ap_return_19 = add_ln703_23_fu_5281_p2;
    end
end

always @ (*) begin
    if ((1'b0 == ap_ce_reg)) begin
        ap_return_2 = ap_return_2_int_reg;
    end else if ((1'b1 == ap_ce_reg)) begin
        ap_return_2 = add_ln703_6_fu_5169_p2;
    end
end

always @ (*) begin
    if ((1'b0 == ap_ce_reg)) begin
        ap_return_20 = ap_return_20_int_reg;
    end else if ((1'b1 == ap_ce_reg)) begin
        ap_return_20 = add_ln703_24_fu_5287_p2;
    end
end

always @ (*) begin
    if ((1'b0 == ap_ce_reg)) begin
        ap_return_21 = ap_return_21_int_reg;
    end else if ((1'b1 == ap_ce_reg)) begin
        ap_return_21 = add_ln703_25_fu_5292_p2;
    end
end

always @ (*) begin
    if ((1'b0 == ap_ce_reg)) begin
        ap_return_22 = ap_return_22_int_reg;
    end else if ((1'b1 == ap_ce_reg)) begin
        ap_return_22 = add_ln703_26_fu_5297_p2;
    end
end

always @ (*) begin
    if ((1'b0 == ap_ce_reg)) begin
        ap_return_23 = ap_return_23_int_reg;
    end else if ((1'b1 == ap_ce_reg)) begin
        ap_return_23 = add_ln703_27_fu_5302_p2;
    end
end

always @ (*) begin
    if ((1'b0 == ap_ce_reg)) begin
        ap_return_24 = ap_return_24_int_reg;
    end else if ((1'b1 == ap_ce_reg)) begin
        ap_return_24 = add_ln703_28_fu_5307_p2;
    end
end

always @ (*) begin
    if ((1'b0 == ap_ce_reg)) begin
        ap_return_25 = ap_return_25_int_reg;
    end else if ((1'b1 == ap_ce_reg)) begin
        ap_return_25 = add_ln703_29_fu_5312_p2;
    end
end

always @ (*) begin
    if ((1'b0 == ap_ce_reg)) begin
        ap_return_26 = ap_return_26_int_reg;
    end else if ((1'b1 == ap_ce_reg)) begin
        ap_return_26 = add_ln703_30_fu_5317_p2;
    end
end

always @ (*) begin
    if ((1'b0 == ap_ce_reg)) begin
        ap_return_27 = ap_return_27_int_reg;
    end else if ((1'b1 == ap_ce_reg)) begin
        ap_return_27 = add_ln703_31_fu_5322_p2;
    end
end

always @ (*) begin
    if ((1'b0 == ap_ce_reg)) begin
        ap_return_28 = ap_return_28_int_reg;
    end else if ((1'b1 == ap_ce_reg)) begin
        ap_return_28 = add_ln703_32_fu_5327_p2;
    end
end

always @ (*) begin
    if ((1'b0 == ap_ce_reg)) begin
        ap_return_29 = ap_return_29_int_reg;
    end else if ((1'b1 == ap_ce_reg)) begin
        ap_return_29 = add_ln703_33_fu_5332_p2;
    end
end

always @ (*) begin
    if ((1'b0 == ap_ce_reg)) begin
        ap_return_3 = ap_return_3_int_reg;
    end else if ((1'b1 == ap_ce_reg)) begin
        ap_return_3 = add_ln703_7_fu_5177_p2;
    end
end

always @ (*) begin
    if ((1'b0 == ap_ce_reg)) begin
        ap_return_30 = ap_return_30_int_reg;
    end else if ((1'b1 == ap_ce_reg)) begin
        ap_return_30 = add_ln703_34_fu_5337_p2;
    end
end

always @ (*) begin
    if ((1'b0 == ap_ce_reg)) begin
        ap_return_31 = ap_return_31_int_reg;
    end else if ((1'b1 == ap_ce_reg)) begin
        ap_return_31 = add_ln703_35_fu_5345_p2;
    end
end

always @ (*) begin
    if ((1'b0 == ap_ce_reg)) begin
        ap_return_4 = ap_return_4_int_reg;
    end else if ((1'b1 == ap_ce_reg)) begin
        ap_return_4 = add_ln703_8_fu_5183_p2;
    end
end

always @ (*) begin
    if ((1'b0 == ap_ce_reg)) begin
        ap_return_5 = ap_return_5_int_reg;
    end else if ((1'b1 == ap_ce_reg)) begin
        ap_return_5 = add_ln703_9_fu_5188_p2;
    end
end

always @ (*) begin
    if ((1'b0 == ap_ce_reg)) begin
        ap_return_6 = ap_return_6_int_reg;
    end else if ((1'b1 == ap_ce_reg)) begin
        ap_return_6 = add_ln703_10_fu_5196_p2;
    end
end

always @ (*) begin
    if ((1'b0 == ap_ce_reg)) begin
        ap_return_7 = ap_return_7_int_reg;
    end else if ((1'b1 == ap_ce_reg)) begin
        ap_return_7 = add_ln703_11_fu_5205_p2;
    end
end

always @ (*) begin
    if ((1'b0 == ap_ce_reg)) begin
        ap_return_8 = ap_return_8_int_reg;
    end else if ((1'b1 == ap_ce_reg)) begin
        ap_return_8 = add_ln703_12_fu_5211_p2;
    end
end

always @ (*) begin
    if ((1'b0 == ap_ce_reg)) begin
        ap_return_9 = ap_return_9_int_reg;
    end else if ((1'b1 == ap_ce_reg)) begin
        ap_return_9 = add_ln703_13_fu_5216_p2;
    end
end

always @ (*) begin
    if (((1'b0 == ap_block_pp0_stage0_11001) & (1'b1 == ap_ce_reg))) begin
        grp_fu_424_ce = 1'b1;
    end else begin
        grp_fu_424_ce = 1'b0;
    end
end

always @ (*) begin
    if (((1'b0 == ap_block_pp0_stage0_11001) & (1'b1 == ap_ce_reg))) begin
        grp_fu_425_ce = 1'b1;
    end else begin
        grp_fu_425_ce = 1'b0;
    end
end

always @ (*) begin
    if (((1'b0 == ap_block_pp0_stage0_11001) & (1'b1 == ap_ce_reg))) begin
        grp_fu_426_ce = 1'b1;
    end else begin
        grp_fu_426_ce = 1'b0;
    end
end

always @ (*) begin
    if (((1'b0 == ap_block_pp0_stage0_11001) & (1'b1 == ap_ce_reg))) begin
        grp_fu_427_ce = 1'b1;
    end else begin
        grp_fu_427_ce = 1'b0;
    end
end

always @ (*) begin
    if (((1'b0 == ap_block_pp0_stage0_11001) & (1'b1 == ap_ce_reg))) begin
        grp_fu_428_ce = 1'b1;
    end else begin
        grp_fu_428_ce = 1'b0;
    end
end

always @ (*) begin
    if (((1'b0 == ap_block_pp0_stage0_11001) & (1'b1 == ap_ce_reg))) begin
        grp_fu_429_ce = 1'b1;
    end else begin
        grp_fu_429_ce = 1'b0;
    end
end

always @ (*) begin
    if (((1'b0 == ap_block_pp0_stage0_11001) & (1'b1 == ap_ce_reg))) begin
        grp_fu_430_ce = 1'b1;
    end else begin
        grp_fu_430_ce = 1'b0;
    end
end

always @ (*) begin
    if (((1'b0 == ap_block_pp0_stage0_11001) & (1'b1 == ap_ce_reg))) begin
        grp_fu_431_ce = 1'b1;
    end else begin
        grp_fu_431_ce = 1'b0;
    end
end

always @ (*) begin
    if (((1'b0 == ap_block_pp0_stage0_11001) & (1'b1 == ap_ce_reg))) begin
        grp_fu_432_ce = 1'b1;
    end else begin
        grp_fu_432_ce = 1'b0;
    end
end

always @ (*) begin
    if (((1'b0 == ap_block_pp0_stage0_11001) & (1'b1 == ap_ce_reg))) begin
        grp_fu_433_ce = 1'b1;
    end else begin
        grp_fu_433_ce = 1'b0;
    end
end

always @ (*) begin
    if (((1'b0 == ap_block_pp0_stage0_11001) & (1'b1 == ap_ce_reg))) begin
        grp_fu_435_ce = 1'b1;
    end else begin
        grp_fu_435_ce = 1'b0;
    end
end

always @ (*) begin
    if (((1'b0 == ap_block_pp0_stage0_11001) & (1'b1 == ap_ce_reg))) begin
        grp_fu_436_ce = 1'b1;
    end else begin
        grp_fu_436_ce = 1'b0;
    end
end

always @ (*) begin
    if (((1'b0 == ap_block_pp0_stage0_11001) & (1'b1 == ap_ce_reg))) begin
        grp_fu_437_ce = 1'b1;
    end else begin
        grp_fu_437_ce = 1'b0;
    end
end

always @ (*) begin
    if (((1'b0 == ap_block_pp0_stage0_11001) & (1'b1 == ap_ce_reg))) begin
        grp_fu_438_ce = 1'b1;
    end else begin
        grp_fu_438_ce = 1'b0;
    end
end

always @ (*) begin
    if (((1'b0 == ap_block_pp0_stage0_11001) & (1'b1 == ap_ce_reg))) begin
        grp_fu_439_ce = 1'b1;
    end else begin
        grp_fu_439_ce = 1'b0;
    end
end

always @ (*) begin
    if (((1'b0 == ap_block_pp0_stage0_11001) & (1'b1 == ap_ce_reg))) begin
        grp_fu_440_ce = 1'b1;
    end else begin
        grp_fu_440_ce = 1'b0;
    end
end

always @ (*) begin
    if (((1'b0 == ap_block_pp0_stage0_11001) & (1'b1 == ap_ce_reg))) begin
        grp_fu_441_ce = 1'b1;
    end else begin
        grp_fu_441_ce = 1'b0;
    end
end

always @ (*) begin
    if (((1'b0 == ap_block_pp0_stage0_11001) & (1'b1 == ap_ce_reg))) begin
        grp_fu_442_ce = 1'b1;
    end else begin
        grp_fu_442_ce = 1'b0;
    end
end

always @ (*) begin
    if (((1'b0 == ap_block_pp0_stage0_11001) & (1'b1 == ap_ce_reg))) begin
        grp_fu_443_ce = 1'b1;
    end else begin
        grp_fu_443_ce = 1'b0;
    end
end

always @ (*) begin
    if (((1'b0 == ap_block_pp0_stage0_11001) & (1'b1 == ap_ce_reg))) begin
        grp_fu_444_ce = 1'b1;
    end else begin
        grp_fu_444_ce = 1'b0;
    end
end

always @ (*) begin
    if (((1'b0 == ap_block_pp0_stage0_11001) & (1'b1 == ap_ce_reg))) begin
        grp_fu_445_ce = 1'b1;
    end else begin
        grp_fu_445_ce = 1'b0;
    end
end

always @ (*) begin
    if (((1'b0 == ap_block_pp0_stage0_11001) & (1'b1 == ap_ce_reg))) begin
        grp_fu_446_ce = 1'b1;
    end else begin
        grp_fu_446_ce = 1'b0;
    end
end

always @ (*) begin
    if (((1'b0 == ap_block_pp0_stage0_11001) & (1'b1 == ap_ce_reg))) begin
        grp_fu_447_ce = 1'b1;
    end else begin
        grp_fu_447_ce = 1'b0;
    end
end

always @ (*) begin
    if (((1'b0 == ap_block_pp0_stage0_11001) & (1'b1 == ap_ce_reg))) begin
        grp_fu_448_ce = 1'b1;
    end else begin
        grp_fu_448_ce = 1'b0;
    end
end

always @ (*) begin
    if (((1'b0 == ap_block_pp0_stage0_11001) & (1'b1 == ap_ce_reg))) begin
        grp_fu_449_ce = 1'b1;
    end else begin
        grp_fu_449_ce = 1'b0;
    end
end

always @ (*) begin
    if (((1'b0 == ap_block_pp0_stage0_11001) & (1'b1 == ap_ce_reg))) begin
        grp_fu_450_ce = 1'b1;
    end else begin
        grp_fu_450_ce = 1'b0;
    end
end

always @ (*) begin
    if (((1'b0 == ap_block_pp0_stage0_11001) & (1'b1 == ap_ce_reg))) begin
        grp_fu_451_ce = 1'b1;
    end else begin
        grp_fu_451_ce = 1'b0;
    end
end

always @ (*) begin
    if (((1'b0 == ap_block_pp0_stage0_11001) & (1'b1 == ap_ce_reg))) begin
        grp_fu_452_ce = 1'b1;
    end else begin
        grp_fu_452_ce = 1'b0;
    end
end

always @ (*) begin
    if (((1'b0 == ap_block_pp0_stage0_11001) & (1'b1 == ap_ce_reg))) begin
        grp_fu_453_ce = 1'b1;
    end else begin
        grp_fu_453_ce = 1'b0;
    end
end

always @ (*) begin
    if (((1'b0 == ap_block_pp0_stage0_11001) & (1'b1 == ap_ce_reg))) begin
        grp_fu_454_ce = 1'b1;
    end else begin
        grp_fu_454_ce = 1'b0;
    end
end

always @ (*) begin
    if (((1'b0 == ap_block_pp0_stage0_11001) & (1'b1 == ap_ce_reg))) begin
        grp_fu_455_ce = 1'b1;
    end else begin
        grp_fu_455_ce = 1'b0;
    end
end

assign add_ln703_10_fu_5196_p2 = ((sext_ln708_5_fu_5193_p1) + (16'd446));

assign add_ln703_11_fu_5205_p2 = ((sext_ln708_6_fu_5202_p1) + (16'd597));

assign add_ln703_12_fu_5211_p2 = (trunc_ln708_1_reg_5743 + 16'd408);

assign add_ln703_13_fu_5216_p2 = (trunc_ln708_2_reg_5748 + 16'd634);

assign add_ln703_14_fu_5221_p2 = ((trunc_ln708_3_reg_5753) + (16'd65224));

assign add_ln703_15_fu_5226_p2 = (trunc_ln708_10_reg_5758 + 16'd1821);

assign add_ln703_16_fu_5231_p2 = ((trunc_ln708_11_reg_5763) + (16'd64651));

assign add_ln703_17_fu_5236_p2 = (trunc_ln708_12_reg_5768 + 16'd672);

assign add_ln703_18_fu_5244_p2 = ((sext_ln708_7_fu_5241_p1) + (16'd445));

assign add_ln703_19_fu_5250_p2 = (trunc_ln708_14_reg_5773 + 16'd15);

assign add_ln703_20_fu_5258_p2 = ((sext_ln708_8_fu_5255_p1) + (16'd64909));

assign add_ln703_21_fu_5267_p2 = ((sext_ln708_9_fu_5264_p1) + (16'd65100));

assign add_ln703_22_fu_5273_p2 = ((trunc_ln708_17_reg_5788) + (16'd64899));

assign add_ln703_23_fu_5281_p2 = ((sext_ln708_10_fu_5278_p1) + (16'd439));

assign add_ln703_24_fu_5287_p2 = ((trunc_ln708_19_reg_5798) + (16'd64895));

assign add_ln703_25_fu_5292_p2 = (trunc_ln708_20_reg_5803 + 16'd379);

assign add_ln703_26_fu_5297_p2 = ((trunc_ln708_21_reg_5808) + (16'd65532));

assign add_ln703_27_fu_5302_p2 = ((trunc_ln708_22_reg_5813) + (16'd65400));

assign add_ln703_28_fu_5307_p2 = (trunc_ln708_23_reg_5818 + 16'd622);

assign add_ln703_29_fu_5312_p2 = (trunc_ln708_24_reg_5823 + 16'd15);

assign add_ln703_30_fu_5317_p2 = ((trunc_ln708_25_reg_5828) + (16'd65459));

assign add_ln703_31_fu_5322_p2 = (trunc_ln708_26_reg_5833 + 16'd416);

assign add_ln703_32_fu_5327_p2 = (trunc_ln708_27_reg_5838 + 16'd31);

assign add_ln703_33_fu_5332_p2 = ((trunc_ln708_28_reg_5843) + (16'd65502));

assign add_ln703_34_fu_5337_p2 = ((trunc_ln708_29_reg_5848) + (16'd64870));

assign add_ln703_35_fu_5345_p2 = ((sext_ln708_11_fu_5342_p1) + (16'd288));

assign add_ln703_5_fu_5163_p2 = ((sext_ln708_fu_5160_p1) + (16'd65252));

assign add_ln703_6_fu_5169_p2 = (trunc_ln708_4_reg_5713 + 16'd617);

assign add_ln703_7_fu_5177_p2 = ((sext_ln708_4_fu_5174_p1) + (16'd129));

assign add_ln703_8_fu_5183_p2 = ((trunc_ln708_6_reg_5723) + (16'd64666));

assign add_ln703_9_fu_5188_p2 = ((trunc_ln708_7_reg_5728) + (16'd65475));

assign add_ln703_fu_5150_p2 = ((sext_ln703_fu_5147_p1) + (15'd32383));

assign ap_block_pp0_stage0 = ~(1'b1 == 1'b1);

assign ap_block_pp0_stage0_11001 = ~(1'b1 == 1'b1);

assign ap_block_state1_pp0_stage0_iter0 = ~(1'b1 == 1'b1);

assign ap_block_state2_pp0_stage0_iter1 = ~(1'b1 == 1'b1);

assign ap_block_state3_pp0_stage0_iter2 = ~(1'b1 == 1'b1);

assign grp_fu_424_p1 = 26'd421;

assign grp_fu_425_p1 = 26'd353;

assign grp_fu_426_p1 = 25'd197;

assign grp_fu_427_p1 = 25'd198;

assign grp_fu_428_p1 = 26'd365;

assign grp_fu_429_p1 = 26'd359;

assign grp_fu_430_p1 = 25'd194;

assign grp_fu_431_p1 = 26'd358;

assign grp_fu_432_p1 = 25'd198;

assign grp_fu_433_p1 = 25'd253;

assign grp_fu_435_p1 = 26'd316;

assign grp_fu_436_p1 = 24'd125;

assign grp_fu_437_p1 = 26'd453;

assign grp_fu_438_p1 = 25'd233;

assign grp_fu_439_p1 = 25'd220;

assign grp_fu_440_p1 = 26'd341;

assign grp_fu_441_p1 = 26'd294;

assign grp_fu_442_p1 = 26'd310;

assign grp_fu_443_p1 = 26'd280;

assign grp_fu_444_p1 = 26'd617;

assign grp_fu_445_p1 = 25'd241;

assign grp_fu_446_p1 = 26'd618;

assign grp_fu_447_p1 = 26'd319;

assign grp_fu_448_p1 = 26'd385;

assign grp_fu_449_p1 = 26'd616;

assign grp_fu_450_p1 = 26'd486;

assign grp_fu_451_p1 = 26'd447;

assign grp_fu_452_p1 = 26'd324;

assign grp_fu_453_p1 = 26'd484;

assign grp_fu_454_p1 = 26'd487;

assign grp_fu_455_p1 = 26'd485;

assign sext_ln1118_17_fu_4720_p1 = (shl_ln_fu_4712_p3);

assign sext_ln1118_18_fu_4732_p1 = (shl_ln1118_9_fu_4724_p3);

assign sext_ln703_2_fu_5156_p1 = (add_ln703_fu_5150_p2);

assign sext_ln703_fu_5147_p1 = (tmp_385_reg_5703);

assign sext_ln708_10_fu_5278_p1 = (trunc_ln708_18_reg_5793);

assign sext_ln708_11_fu_5342_p1 = (trunc_ln708_30_reg_5853);

assign sext_ln708_4_fu_5174_p1 = (trunc_ln708_5_reg_5718);

assign sext_ln708_5_fu_5193_p1 = (trunc_ln708_8_reg_5733);

assign sext_ln708_6_fu_5202_p1 = (trunc_ln708_9_reg_5738);

assign sext_ln708_7_fu_5241_p1 = (trunc_ln708_13_reg_5613_pp0_iter1_reg);

assign sext_ln708_8_fu_5255_p1 = (trunc_ln708_15_reg_5778);

assign sext_ln708_9_fu_5264_p1 = (trunc_ln708_16_reg_5783);

assign sext_ln708_fu_5160_p1 = (trunc_ln708_s_reg_5708);

assign shl_ln1118_9_fu_4724_p3 = {{data_14_V_read_int_reg}, {1'd0}};

assign shl_ln_fu_4712_p3 = {{data_14_V_read_int_reg}, {8'd0}};

assign sub_ln1118_fu_4736_p2 = ((sext_ln1118_17_fu_4720_p1) - (sext_ln1118_18_fu_4732_p1));

endmodule //normalize_0_0_0_0_0_0_0_0_0_0_0_0_0_0_0_0_0_0_0_0_0_0_0_0_0_2
module myproject_mul_16s_11ns_26_2_0(
    clk,
    reset,
    ce,
    din0,
    din1,
    dout);

parameter ID = 32'd1;
parameter NUM_STAGE = 32'd1;
parameter din0_WIDTH = 32'd1;
parameter din1_WIDTH = 32'd1;
parameter dout_WIDTH = 32'd1;
input clk;
input reset;
input ce;
input[din0_WIDTH - 1:0] din0;
input[din1_WIDTH - 1:0] din1;
output[dout_WIDTH - 1:0] dout;



myproject_mul_16s_11ns_26_2_0_MulnS_1 myproject_mul_16s_11ns_26_2_0_MulnS_1_U(
    .clk( clk ),
    .ce( ce ),
    .a( din0 ),
    .b( din1 ),
    .p( dout ));

endmodule
module myproject_mul_16s_11ns_26_2_0_MulnS_1(clk, ce, a, b, p);
input clk;
input ce;
input  [16 - 1 : 0] a;
input [11 - 1 : 0] b;
output[26 - 1 : 0] p;
reg  [26 - 1 : 0] p;
wire  [26 - 1 : 0] tmp_product;

assign tmp_product = (a) * ({1'b0, b});
always @ (posedge clk) begin
    if (ce) begin
        p <= tmp_product;
    end
end
endmodule
module myproject_mul_16s_8ns_24_2_0(
    clk,
    reset,
    ce,
    din0,
    din1,
    dout);

parameter ID = 32'd1;
parameter NUM_STAGE = 32'd1;
parameter din0_WIDTH = 32'd1;
parameter din1_WIDTH = 32'd1;
parameter dout_WIDTH = 32'd1;
input clk;
input reset;
input ce;
input[din0_WIDTH - 1:0] din0;
input[din1_WIDTH - 1:0] din1;
output[dout_WIDTH - 1:0] dout;



myproject_mul_16s_8ns_24_2_0_MulnS_5 myproject_mul_16s_8ns_24_2_0_MulnS_5_U(
    .clk( clk ),
    .ce( ce ),
    .a( din0 ),
    .b( din1 ),
    .p( dout ));

endmodule
module myproject_mul_16s_8ns_24_2_0_MulnS_5(clk, ce, a, b, p);
input clk;
input ce;
input  [16 - 1 : 0] a;
input [8 - 1 : 0] b;
output[24 - 1 : 0] p;
reg  [24 - 1 : 0] p;
wire  [24 - 1 : 0] tmp_product;

assign tmp_product = (a) * ({1'b0, b});
always @ (posedge clk) begin
    if (ce) begin
        p <= tmp_product;
    end
end
endmodule

module myproject_mul_16s_10ns_26_2_0(
    clk,
    reset,
    ce,
    din0,
    din1,
    dout);

parameter ID = 32'd1;
parameter NUM_STAGE = 32'd1;
parameter din0_WIDTH = 32'd1;
parameter din1_WIDTH = 32'd1;
parameter dout_WIDTH = 32'd1;
input clk;
input reset;
input ce;
input[din0_WIDTH - 1:0] din0;
input[din1_WIDTH - 1:0] din1;
output[dout_WIDTH - 1:0] dout;



myproject_mul_16s_10ns_26_2_0_MulnS_4 myproject_mul_16s_10ns_26_2_0_MulnS_4_U(
    .clk( clk ),
    .ce( ce ),
    .a( din0 ),
    .b( din1 ),
    .p( dout ));

endmodule
module myproject_mul_16s_10ns_26_2_0_MulnS_4(clk, ce, a, b, p);
input clk;
input ce;
input  [16 - 1 : 0] a;
input [10 - 1 : 0] b;
output[26 - 1 : 0] p;
reg  [26 - 1 : 0] p;
wire  [26 - 1 : 0] tmp_product;

assign tmp_product = (a) * ({1'b0, b});
always @ (posedge clk) begin
    if (ce) begin
        p <= tmp_product;
    end
end
endmodule

module myproject_mul_16s_9ns_25_2_0(
    clk,
    reset,
    ce,
    din0,
    din1,
    dout);

parameter ID = 32'd1;
parameter NUM_STAGE = 32'd1;
parameter din0_WIDTH = 32'd1;
parameter din1_WIDTH = 32'd1;
parameter dout_WIDTH = 32'd1;
input clk;
input reset;
input ce;
input[din0_WIDTH - 1:0] din0;
input[din1_WIDTH - 1:0] din1;
output[dout_WIDTH - 1:0] dout;



myproject_mul_16s_9ns_25_2_0_MulnS_3 myproject_mul_16s_9ns_25_2_0_MulnS_3_U(
    .clk( clk ),
    .ce( ce ),
    .a( din0 ),
    .b( din1 ),
    .p( dout ));

endmodule
module myproject_mul_16s_9ns_25_2_0_MulnS_3(clk, ce, a, b, p);
input clk;
input ce;
input  [16 - 1 : 0] a;
input [9 - 1 : 0] b;
output[25 - 1 : 0] p;
reg  [25 - 1 : 0] p;
wire  [25 - 1 : 0] tmp_product;

assign tmp_product = (a) * ({1'b0, b});
always @ (posedge clk) begin
    if (ce) begin
        p <= tmp_product;
    end
end
endmodule